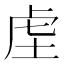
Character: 𮓛